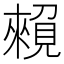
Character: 𧡽